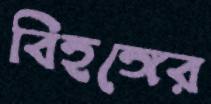
বিহঙ্গের